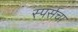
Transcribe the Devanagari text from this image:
स्पर्सचा